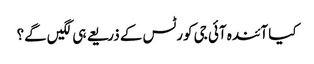
کیا آئندہ آئی جی کورٹس کے ذریعے ہی لگیں گے؟